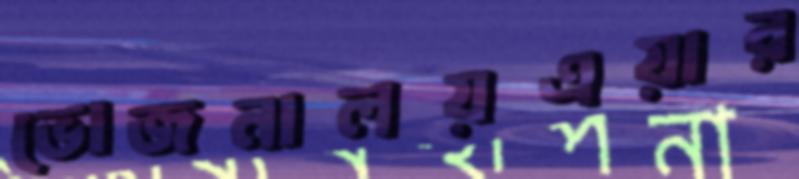
ভোজনালয়এয়ার